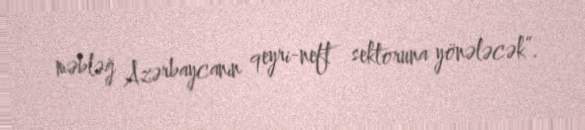
məbləğ Azərbaycanın qeyri-neft sektoruna yönələcək”.